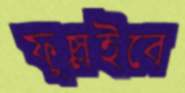
ফুস্‌লাইবে